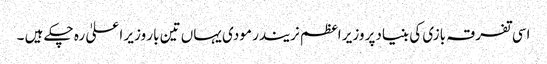
اسی تفرقہ بازی کی بنیادپر وزیر اعظم نریندر مودی یہاں تین بار وزیر ا علیٰ رہ چکے ہیں ۔